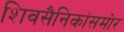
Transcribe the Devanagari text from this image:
शिवसैनिकांसमोर